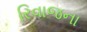
રિવાજના